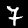
Label: 7